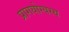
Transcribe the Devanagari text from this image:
प्रागयोग्यस्य